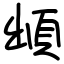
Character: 䪼